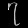
Digit: ၇